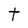
Character: t